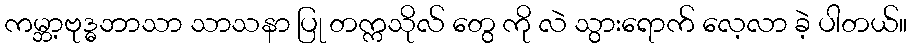
ကမ္ဘာ့ဗုဒ္ဓဘာသာ သာသနာ ပြု တက္ကသိုလ် တွေ ကို လဲ သွားရောက် လေ့လာ ခဲ့ ပါတယ်။